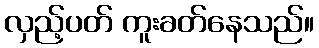
လှည့်ပတ် ကူးခတ်နေသည်။